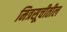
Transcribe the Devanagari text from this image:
मित्रसूचीतील